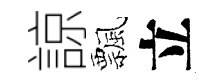
諒飄立